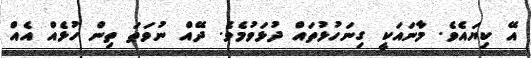
އޭ ކިޔައެވެ. މާނައަކީ ގިނަހުޅުތައް ދުޅަވުމެވެ. ދޭއް ނުވަތަ ތިން ހުޅެއް އެއް